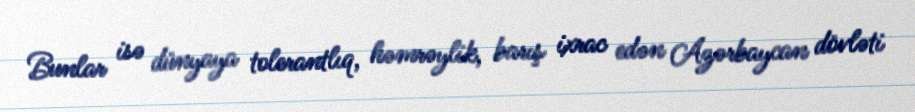
Bunlar isə dünyaya tolerantlıq, həmrəylik, barış ixrac edən Azərbaycan dövləti